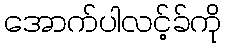
အောက်ပါလင့်ခ်ကို